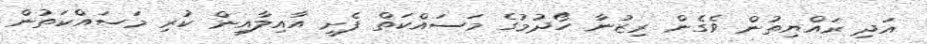
އަދި ރައްޔިތުން ވެގެން ރިޒުނާ ހޯދުމުގެ މަސައްކަތް ފެށީ އާއިލާއިން ކުރި މަސައްކަތުން